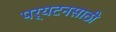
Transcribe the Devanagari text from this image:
पर्यटनसाठी